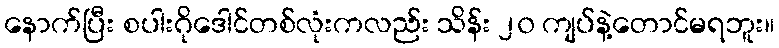
နောက်ပြီး စပါးဂိုဒေါင်တစ်လုံးကလည်း သိန်း ၂၀ ကျပ်နဲ့တောင်မရဘူး။